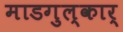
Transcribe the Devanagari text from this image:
माडगुल्कार्